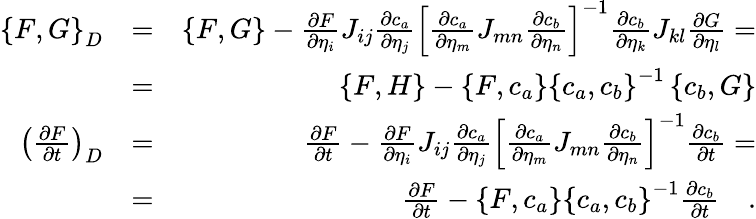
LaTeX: \begin{array}{rlr}{\left\{ F,G\right\} _{D}}&{=}&{\left\{ F,G\right\} -\frac{\partial F}{\partial\eta_{i}}J_{ij}\frac{\partial c_{a}}{\partial\eta_{j}}\left[\frac{\partial c_{a}}{\partial\eta_{m}}J_{mn}\frac{\partial c_{b}}{\partial\eta_{n}}\right]^{-1}\frac{\partial c_{b}}{\partial\eta_{k}}J_{kl}\frac{\partial G}{\partial\eta_{l}}=}\\ &{=}&{\left\{ F,H\right\} -\left\{ F,c_{a}\right\} \left\{ c_{a},c_{b}\right\} ^{-1}\left\{ c_{b},G\right\} }\\ {\left(\frac{\partial F}{\partial t}\right)_{D}}&{=}&{\frac{\partial F}{\partial t}-\frac{\partial F}{\partial\eta_{i}}J_{ij}\frac{\partial c_{a}}{\partial\eta_{j}}\left[\frac{\partial c_{a}}{\partial\eta_{m}}J_{mn}\frac{\partial c_{b}}{\partial\eta_{n}}\right]^{-1}\frac{\partial c_{b}}{\partial t}=}\\ &{=}&{\frac{\partial F}{\partial t}-\left\{ F,c_{a}\right\} \left\{ c_{a},c_{b}\right\} ^{-1}\frac{\partial c_{b}}{\partial t}\quad.}\end{array}